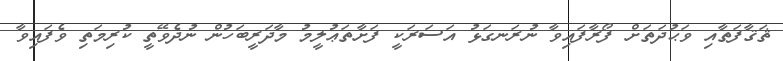
ޘަޤާފަތާއި ވަޙުދަތަށް ފޯރާފައިވާ ނުރަނގަޅު އަސަރަކީ ފަށާތަޢުލީމު މާދަރީބަހުން ނުދެވޭތީ ކުރިމަތި ވެފައިވާ